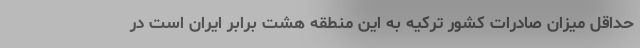
حداقل میزان صادرات کشور ترکیه به این منطقه هشت برابر ایران است در